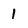
Character: 1